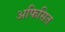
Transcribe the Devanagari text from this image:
अफिसित